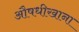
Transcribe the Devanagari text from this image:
औषधीखाना